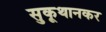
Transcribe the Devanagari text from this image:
सुकूथानकर